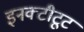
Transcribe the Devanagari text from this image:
इनक्टीटूट